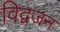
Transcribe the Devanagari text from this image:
विद्वजन